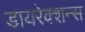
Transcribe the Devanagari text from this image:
डायरेक्शन्स